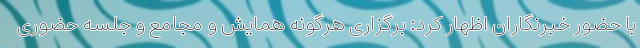
با حضور خبرنگاران اظهار کرد: برگزاری هرگونه همایش و مجامع و جلسه حضوری